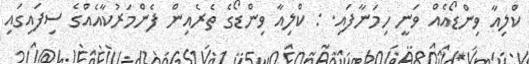
ކްލިއާ ވިންޑޯއެއް ވަނީ ހިމަނާފައި. : ކްލިއާ ވިންޑޯގެ ތެރެއިން ފެންމަރުކާއެއްގެ ސިފައިގައި